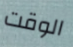
الوقت